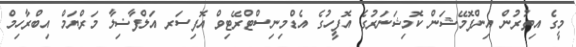
މީގެ އިތުރުން އިންފޮމޭޝަން ކޮމިޝަނަރުގެ އޮފީހުގެ އެޑްމިނިސްޓްރޭޓިވް އޮފިސަރ އަލްފާޟިލާ މަރްޔަމް އިބްރާހިމް